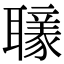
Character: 𦘄